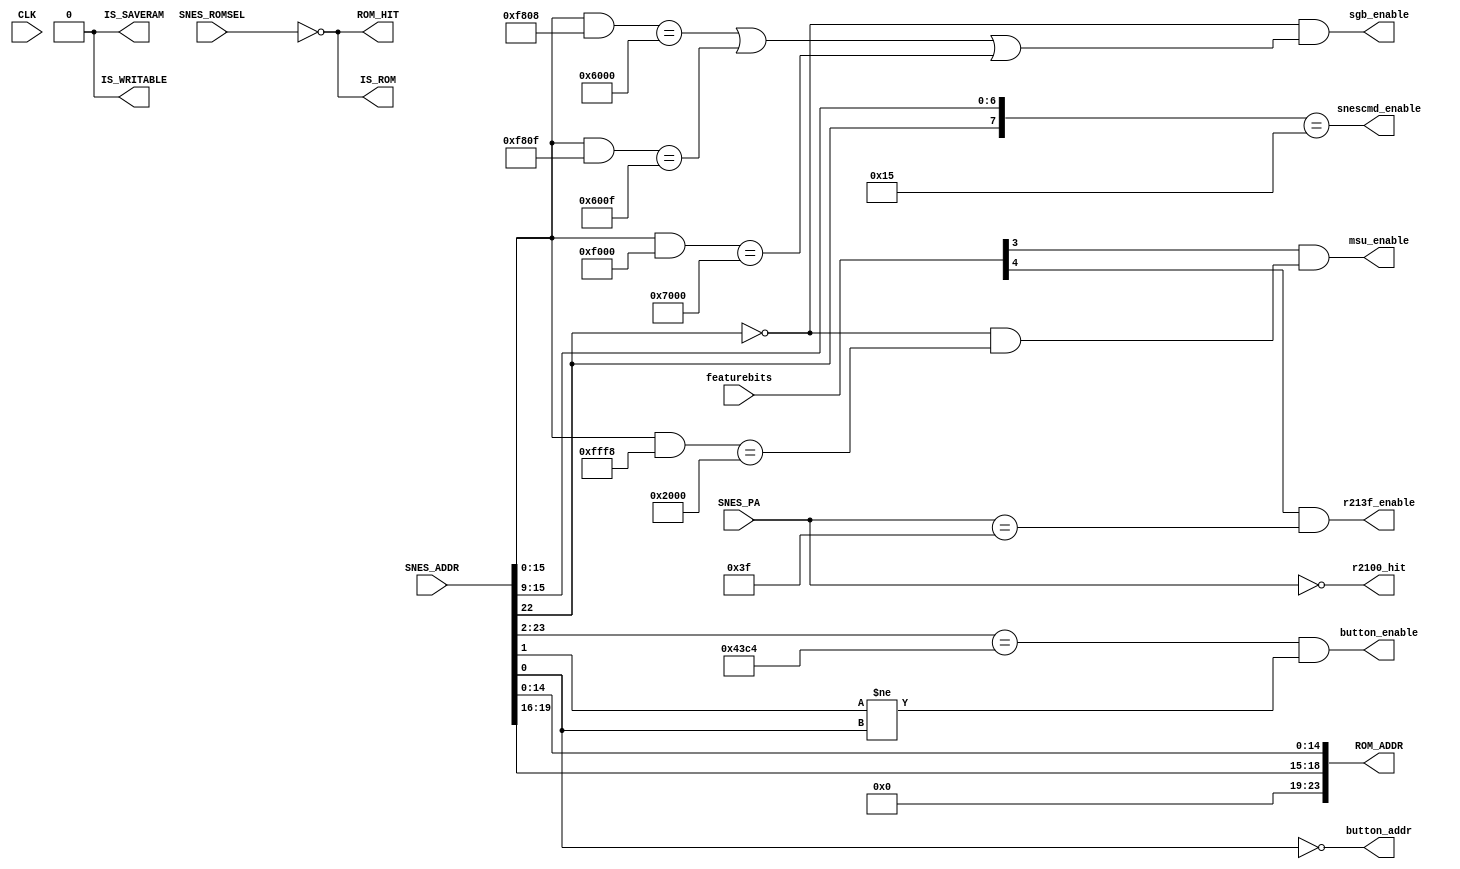
module address(
  input CLK,
  input [15:0] featurebits, // peripheral enable/disable
  //input [2:0] MAPPER,       // MCU detected mapper
  input [23:0] SNES_ADDR,   // requested address from SNES
  input [7:0] SNES_PA,      // peripheral address from SNES
  input SNES_ROMSEL,        // ROMSEL from SNES
  output [23:0] ROM_ADDR,   // Address to request from SRAM0
  output ROM_HIT,           // enable SRAM0
  output IS_SAVERAM,        // address/CS mapped as SRAM?
  output IS_ROM,            // address mapped as ROM?
  output IS_WRITABLE,       // address somehow mapped as writable area?
  //input [23:0] SAVERAM_MASK,
  //input [23:0] ROM_MASK,
  output msu_enable,
  //output srtc_enable,
  output sgb_enable,
  output r213f_enable,
  output r2100_hit,
  output snescmd_enable,

  output button_enable,
  output button_addr
);

/* feature bits. see src/fpga_spi.c for mapping */
parameter [2:0]
  FEAT_DSPX = 0,
  FEAT_ST0010 = 1,
  FEAT_SRTC = 2,
  FEAT_MSU1 = 3,
  FEAT_213F = 4,
  FEAT_2100 = 6
;

wire [23:0] SRAM_SNES_ADDR;

/* currently supported mappers:
   Index     Mapper
   -         LoROM
*/

assign IS_ROM = ~SNES_ROMSEL;

// Original SGB SNES code does not enable SaveRAM.  If a SD2SNES feature is added to support this
// the firmware will need a way to back it up.  Also SNES access to PSRAM will create bus
// contention with the GB.  A better solution is to have the GB code use its SaveRAM.
assign IS_SAVERAM = 0;

// LoROM: A23 = r03/r04  A22 = r06  A21 = r05  A20 = 0    A19 = d/c
assign IS_WRITABLE = IS_SAVERAM;

// Only a LOROM image of up to 512KB is supported.  MAPPER, ROMMASK, and RAMMASK have been repurposed for GB.
assign SRAM_SNES_ADDR = {5'h00, SNES_ADDR[19:16], SNES_ADDR[14:0]};

assign ROM_ADDR = SRAM_SNES_ADDR;

assign ROM_HIT = IS_ROM | IS_WRITABLE;

assign msu_enable = featurebits[FEAT_MSU1] & (!SNES_ADDR[22] && ((SNES_ADDR[15:0] & 16'hfff8) == 16'h2000));
assign sgb_enable = !SNES_ADDR[22] && ((SNES_ADDR[15:0] & 16'hf808) == 16'h6000 || (SNES_ADDR[15:0] & 16'hf80F) == 16'h600F || (SNES_ADDR[15:0] & 16'hf000) == 16'h7000); // 6000/2/8-F -67FF, 7000-7FFF -> 6000/2/8-F, 7000-700F, 7800 unique

assign r213f_enable = featurebits[FEAT_213F] & (SNES_PA == 8'h3f);
assign r2100_hit = (SNES_PA == 8'h00);

assign snescmd_enable = ({SNES_ADDR[22], SNES_ADDR[15:9]} == 8'b0_0010101);

// Simplified button snooping for SGB hook code.  See cheats.v for more details.
// $010F11 <- $4218
// $010F12 <- $4219
assign button_enable = {SNES_ADDR[23:2],2'b00} == {24'h010F10} && SNES_ADDR[1] != SNES_ADDR[0];
assign button_addr   = ~SNES_ADDR[0];

endmodule